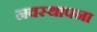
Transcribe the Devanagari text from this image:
नवस्थापना